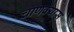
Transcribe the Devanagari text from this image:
चाणक्यास